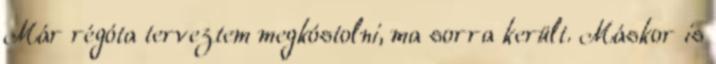
Már régóta terveztem megkóstolni, ma sorra került. Máskor is